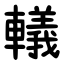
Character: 轙